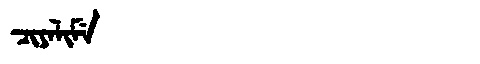
Manchu: ᠴᡳᠶᠠᠯᡳᠮᡝ
Romanization: CIYALIME